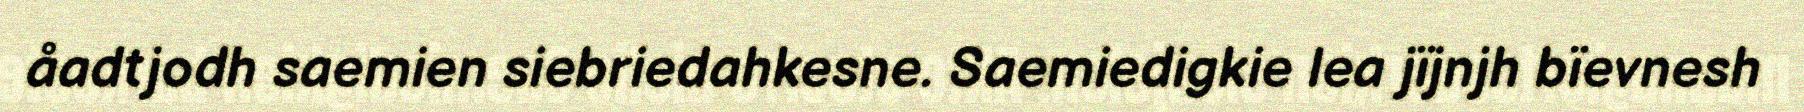
åadtjodh saemien siebriedahkesne. Saemiedigkie lea jïjnjh bïevnesh